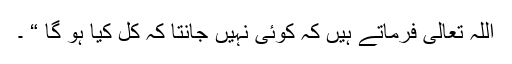
اللہ تعالیٰ فرماتے ہیں کہ کوئی نہیں جانتا کہ کل کیا ہو گا “ ۔